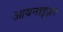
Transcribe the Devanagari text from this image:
आयनाइज़र